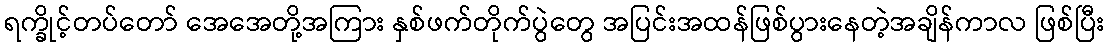
ရက္ခိုင့်တပ်တော် အေအေတို့အကြား နှစ်ဖက်တိုက်ပွဲတွေ အပြင်းအထန်ဖြစ်ပွားနေတဲ့အချိန်ကာလ ဖြစ်ပြီး